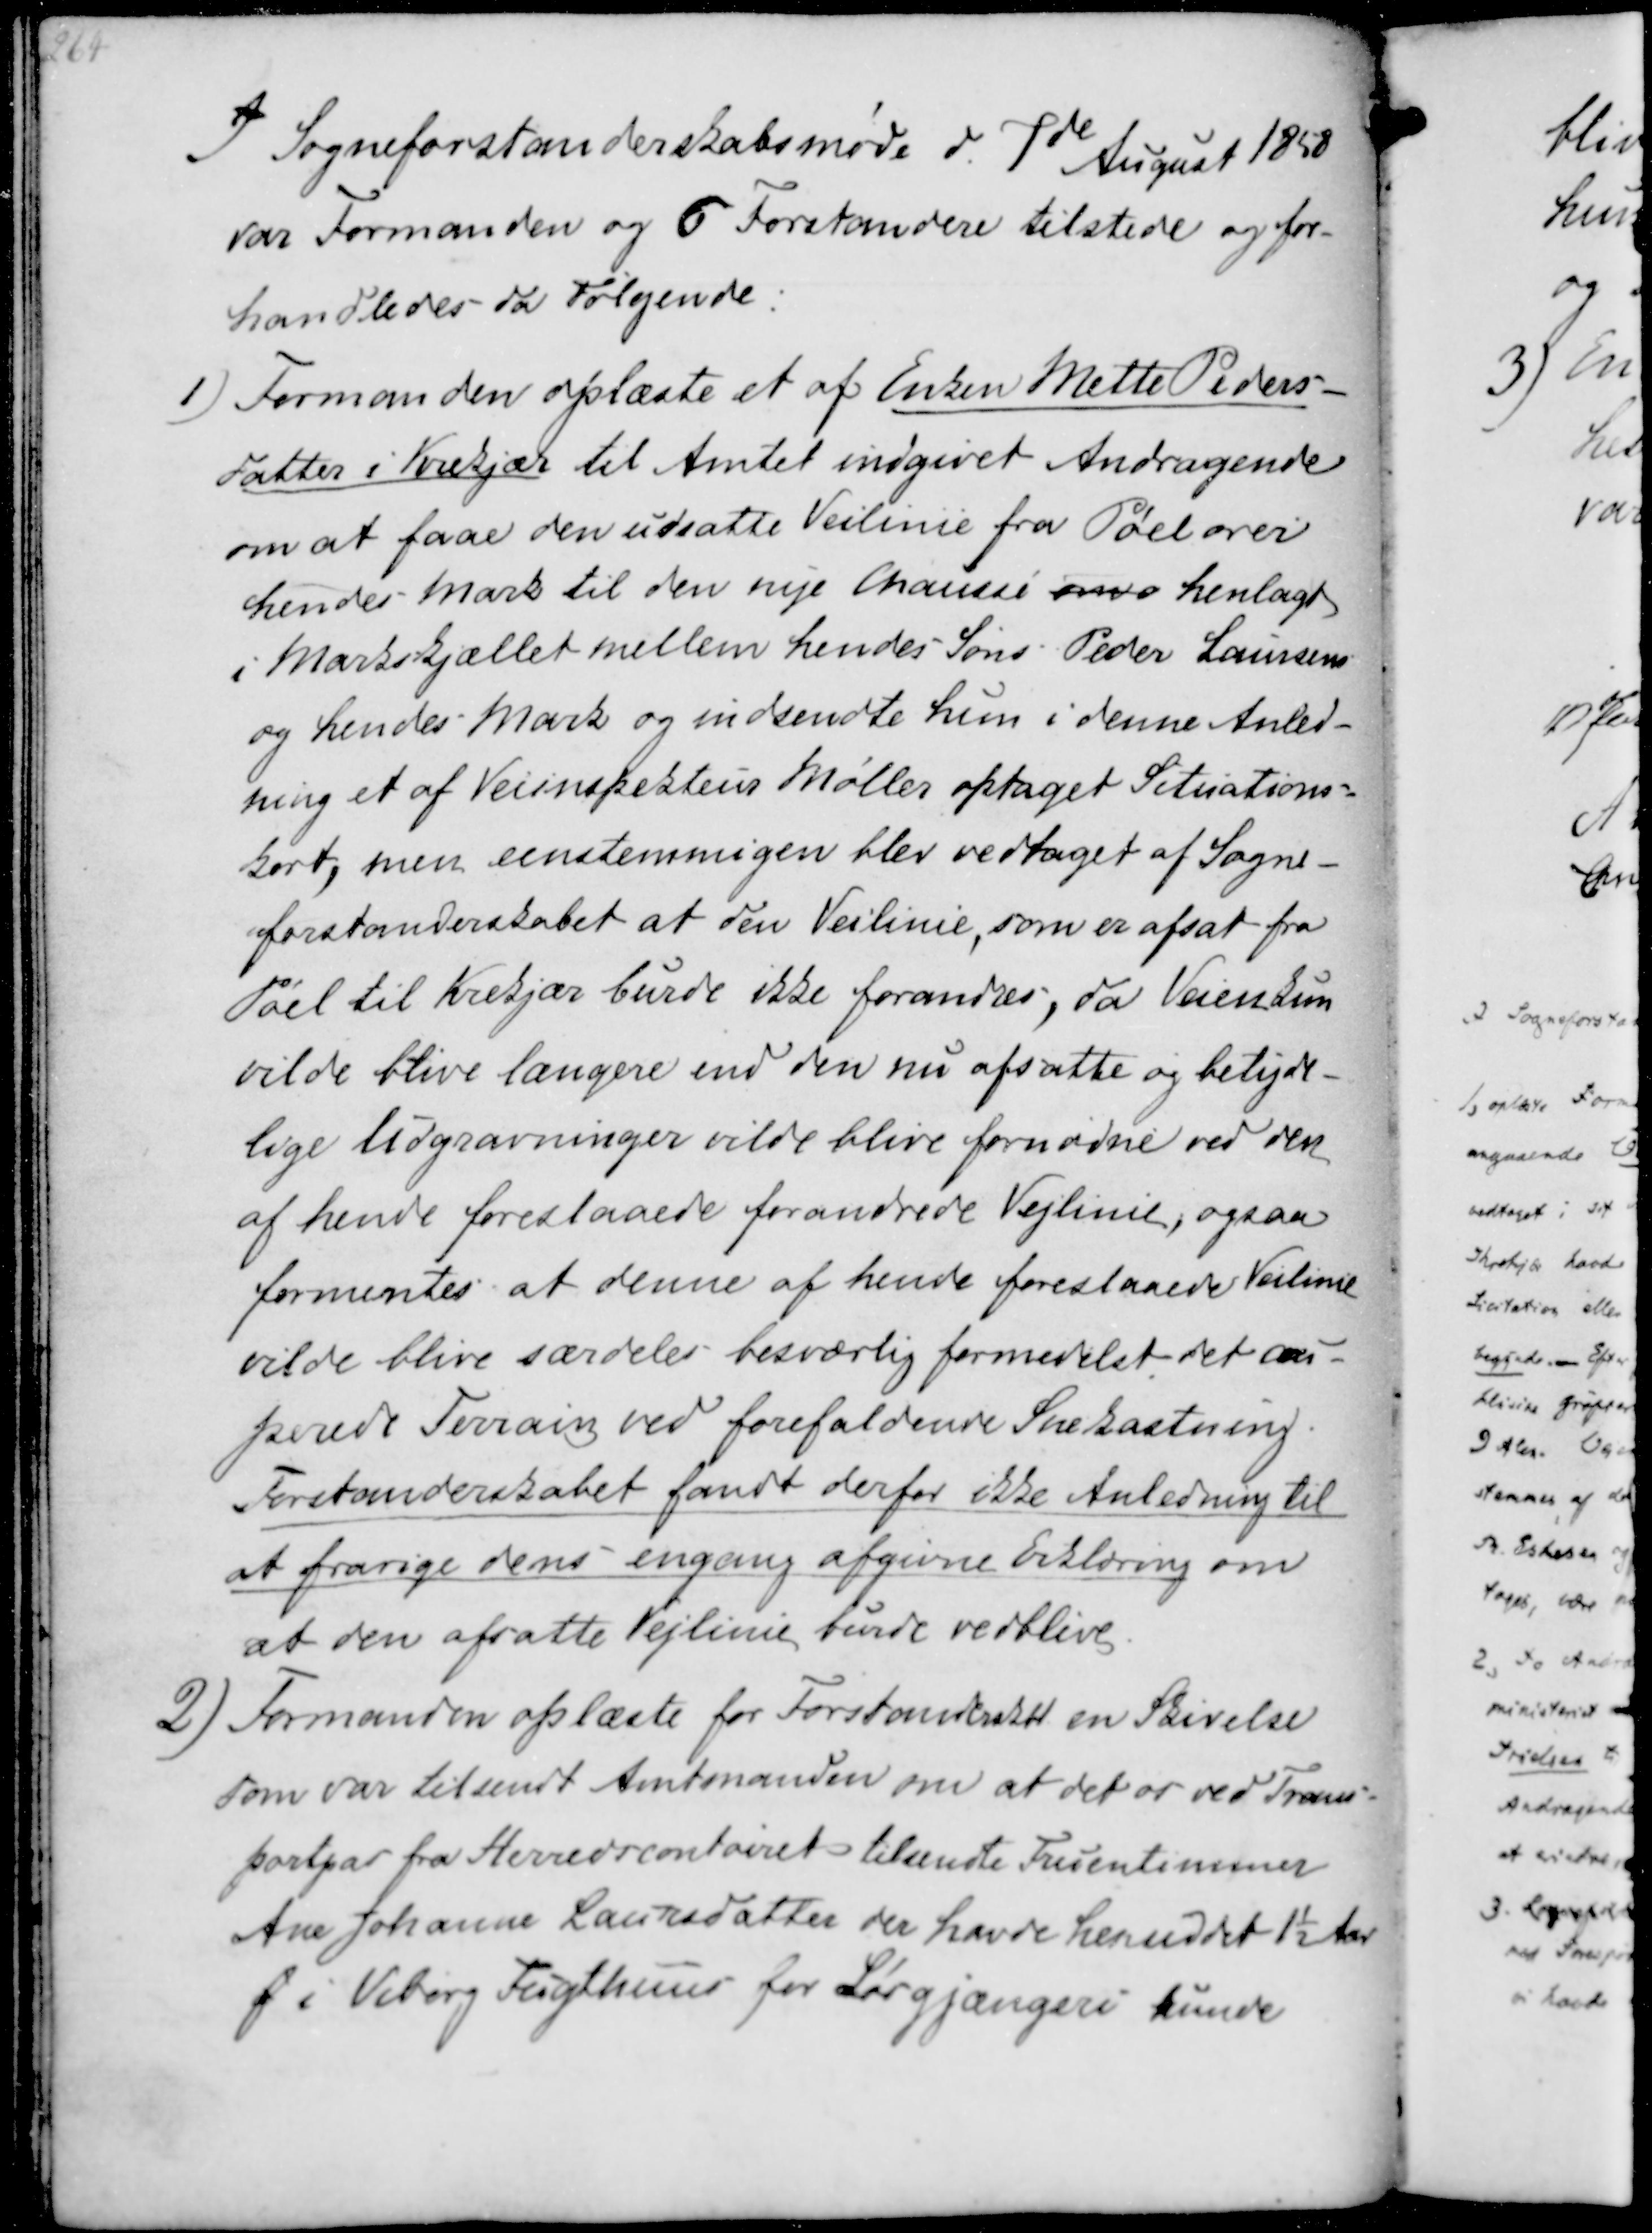
Transskription:
I Sogneforstanderskabsmøde d. 7de August 1858
var Formanden og 6 Forstandere tilstede og for-
handledes da Følgende:

1) Formanden oplæste et af Enken Mette Peders-
datter i Krekjær til Amtet indgivet Andragende
om at faae den udsatte Veilinie fra Pøel over
hendes Mark til den nye Chaussé om henlagt
i Markskjællet mellem hendes søns Peder Laursens
og hendes Mark og indsendte hun i denne Anled-
ning et af Veiinspekteur Möller optaget Situations-
kort, men eenstemmigen blev vedtaget af Sogne-
forstanderskabet at den Veilinie, som er afsat fra
Pøel til Krekjær burde ikke forandres, da Veien kun
vilde blive længere end den nu afsatte og betyde-
lige Udgravninger vilde blive fornødne ved den
af hende foreslaaede forandrede Veilinie, ogsaa
formentes at denne af hende foreslaaede Veilinie
vilde blive særdeles besværlig formedelst det au-
perede Terrain ved forefaldende Snekastning.
Forstanderskabet fandt derfor ikke Anledning til
at fravige dens engang afgivne Erklæring om
at den afsatte Veilinie burde vedblive.

2) Formanden oplæste for Forstanderskbt en Skivelse
som var tilsendt Amtmanden om at det os ved Trans-
portpar fra Herredscontoiret tilsendte Fruentimmer
Ane Johanne Laursdatter der havde henuddet 1½ Aar
f i Viborg Tugthuus for Løsgjængeri kunde